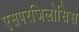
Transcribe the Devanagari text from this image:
एसपरजिलोसिस